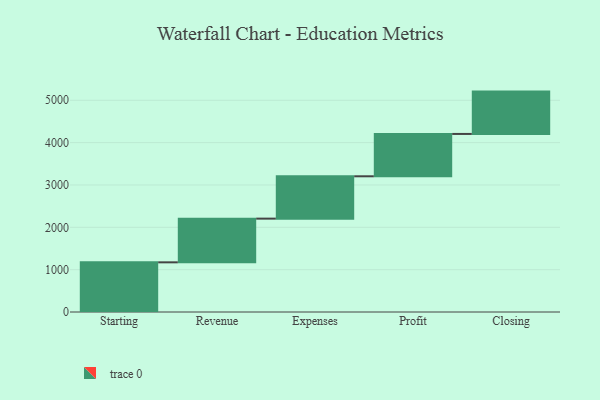
{"axis": {"x": "Step", "y": "Value"}, "legend": [""], "data": [{"x": "Starting", "y": 1173.0, "type": ""}, {"x": "Revenue", "y": 1032.0, "type": ""}, {"x": "Expenses", "y": 1000, "type": ""}, {"x": "Profit", "y": 1000, "type": ""}, {"x": "Closing", "y": 1000, "type": ""}]}